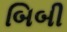
બિબી